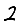
Digit: 2